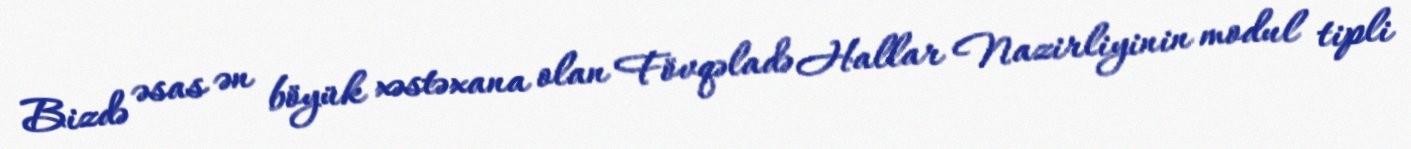
Bizdə əsas ən böyük xəstəxana olan Fövqəladə Hallar Nazirliyinin modul tipli